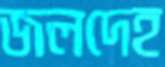
জলদেহ